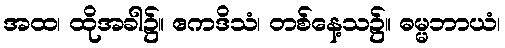
အထ၊ ထိုအခါ၌။ ဧကဒိသံ၊ တစ်နေ့သ၌။ ဓမ္မဘာယံ၊